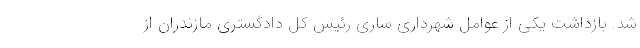
شد. بازداشت یکی از عوامل شهرداری ساری رئیس کل دادگستری مازندران از